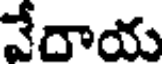
వేదాయ